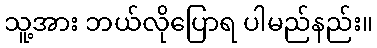
သူ့အား ဘယ်လိုပြောရ ပါမည်နည်း။